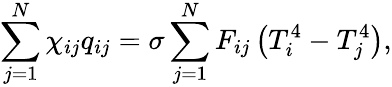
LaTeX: \sum_{j=1}^{N}\chi_{ij}q_{ij}=\sigma\sum_{j=1}^{N}F_{ij}\left(T_{i}^{4}-T_{j}^{4}\right){,}